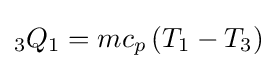
{}_{3}Q_{1}=mc_{p}\left({T_{1}-T_{3}}\right)